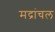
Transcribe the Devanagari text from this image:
मद्रांचल